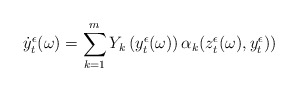
\begin{align*}\dot y_t^\epsilon(\omega)=\sum_{k=1}^m Y_k\left(y_t^\epsilon(\omega)\right)\alpha_k(z_t^\epsilon(\omega), y_t^\epsilon))\end{align*}